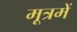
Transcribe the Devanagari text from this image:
मूत्रमें